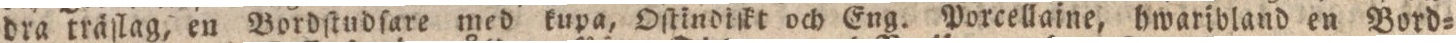
dra träſlag, en Bordſtudſare med kupa, Oſtindiſkt och Eng. Porcellaine, hwaribland en Bord=